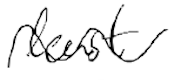
Text: least
Cross-out: wave
Writing tool: digital_black